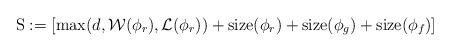
LaTeX: \begin{align*}{\rm S}:=\left[\max(d,\mathcal{W}(\phi_r),\mathcal{L}(\phi_r))+{\rm size}(\phi_r)+{\rm size}(\phi_g)+{\rm size}(\phi_f)\right]\end{align*}